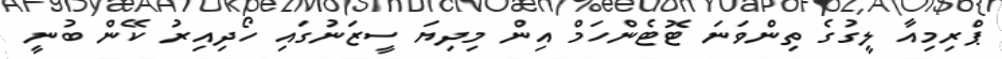
ޕްރިމިއާ ލީގުގެ ތިންވަނަ ޓޮޓެންހަމް އިން މިދިޔަ ސީޒަނުގައި ހޯދިއިރު ކޭން ބުނީ